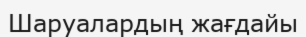
Шаруалардың жағдайы